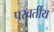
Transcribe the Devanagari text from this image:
परवर्तीय